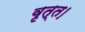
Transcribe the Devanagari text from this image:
वृत्त।